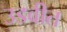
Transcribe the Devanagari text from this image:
उडवीत